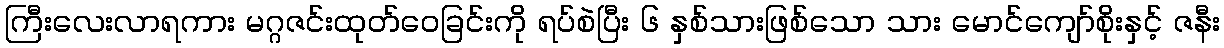
ကြီးလေးလာရကား မဂ္ဂဇင်းထုတ်ဝေခြင်းကို ရပ်စဲပြီး ၆ နှစ်သားဖြစ်သော သား မောင်ကျော်စိုးနှင့် ဇနီး